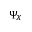
\Psi _ { X }